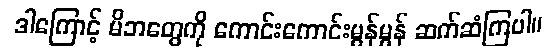
ဒါကြောင့် မိဘတွေကို ကောင်းကောင်းမွန်မွန် ဆက်ဆံကြပါ။